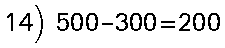
14) 500-300=200